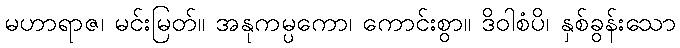
မဟာရာဇ၊ မင်းမြတ်။ အနုကမ္ပကော၊ ကောင်းစွာ။ ဒိဝါစံပိ၊ နှစ်ခွန်းသော